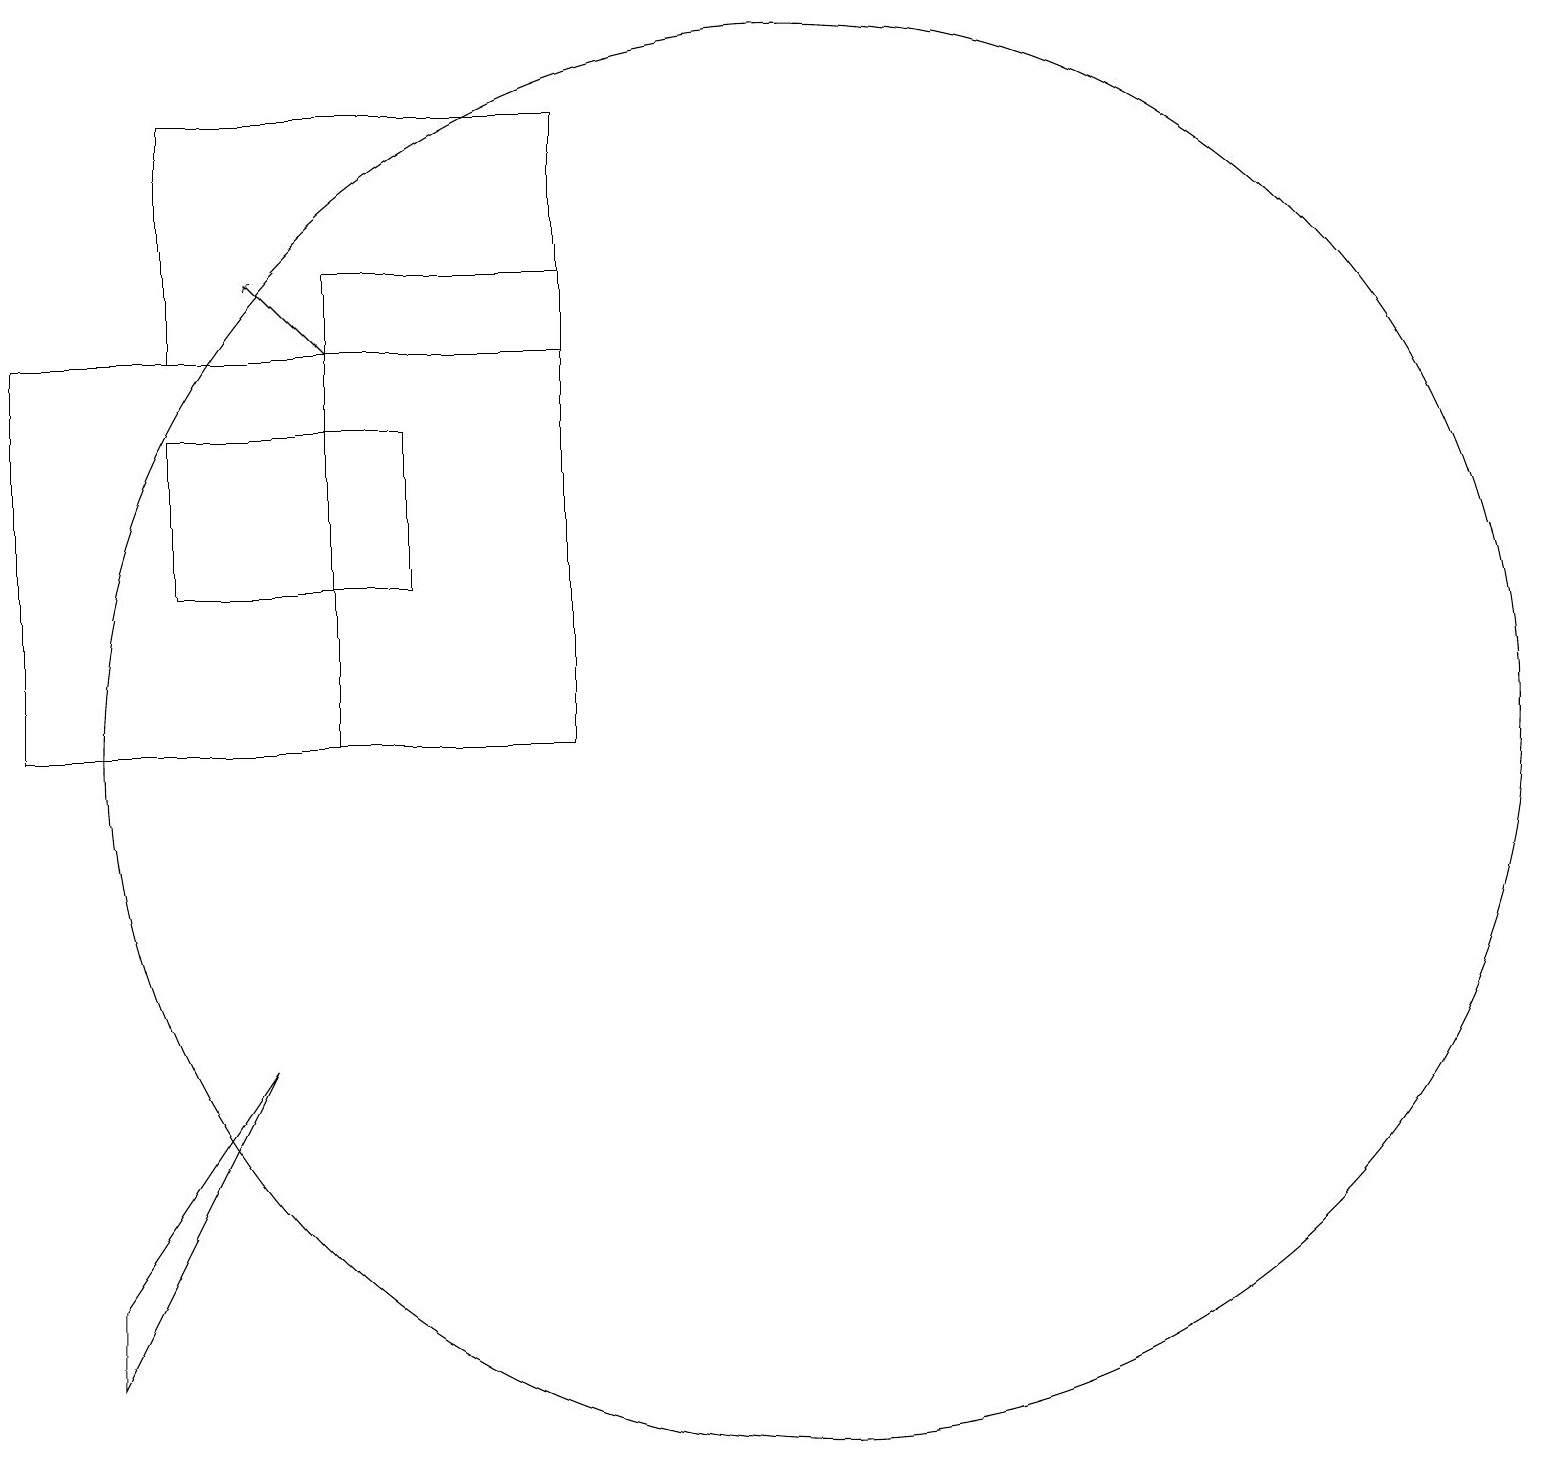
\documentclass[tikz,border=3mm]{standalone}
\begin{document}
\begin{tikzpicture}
\draw (8,11) rectangle (5,17);
\draw (3,16) rectangle (8,19);
\draw (6,13) rectangle (3,15);
\draw (2,3) -- (2,4) -- (4,7) -- cycle;
\draw[->] (5,16) -- (4,17);
\draw (11,11) circle (9);
\draw (8,16) rectangle (1,11);
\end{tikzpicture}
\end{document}